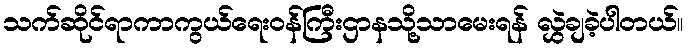
သက်ဆိုင်ရာကာကွယ်ရေးဝန်ကြီးဌာနသို့သာမေးရန် လွှဲချခဲ့ပါတယ်။